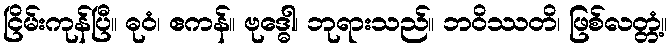
ငြိမ်းကုန်ပြီ။ ဓုဝံ၊ ဧကန်။ ဗုဒ္ဓေါ၊ ဘုရားသည်။ ဘဝိဿတိ၊ ဖြစ်လတ္တံ့။